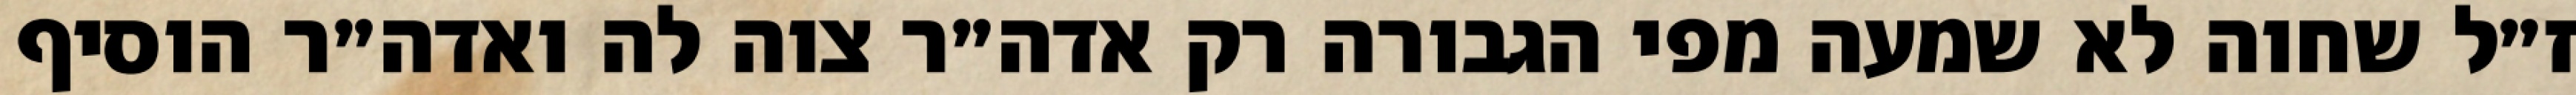
ז״ל שחוה לא שמעה מפי הגבורה רק אדה״ר צוה לה ואדה״ר הוסיף